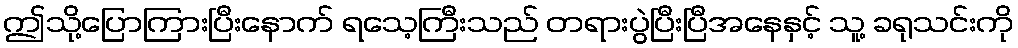
ဤသို့ပြောကြားပြီးနောက် ရသေ့ကြီးသည် တရားပွဲပြီးပြီအနေနှင့် သူ့ ခရုသင်းကို